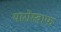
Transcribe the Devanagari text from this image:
यारोस्वाफ